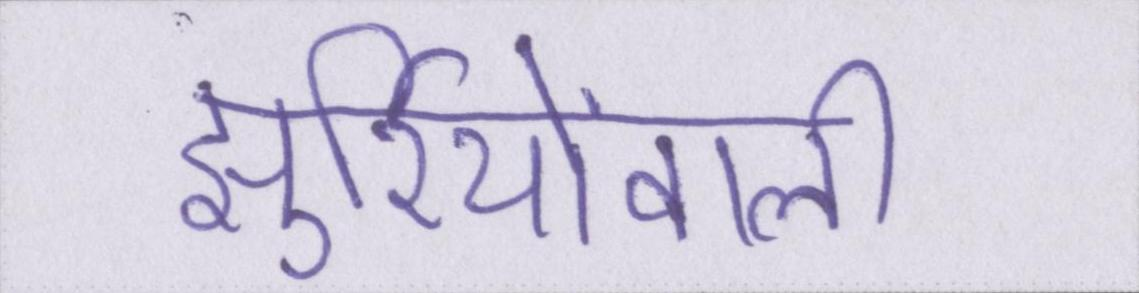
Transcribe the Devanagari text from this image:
झुर्रियोंवाली